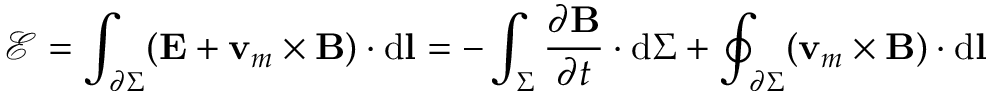
{ \mathcal { E } } = \int _ { \partial \Sigma } ( \mathbf { E } + \mathbf { v } _ { m } \times \mathbf { B } ) \cdot \mathrm { d } \mathbf { l } = - \int _ { \Sigma } { \frac { \partial \mathbf { B } } { \partial t } } \cdot \mathrm { d } \Sigma + \oint _ { \partial \Sigma } ( \mathbf { v } _ { m } \times \mathbf { B } ) \cdot \mathrm { d } \mathbf { l }